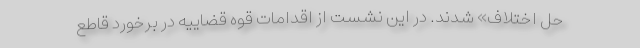
حل اختلاف» شدند. در این نشست از اقدامات قوه قضاییه در برخورد قاطع